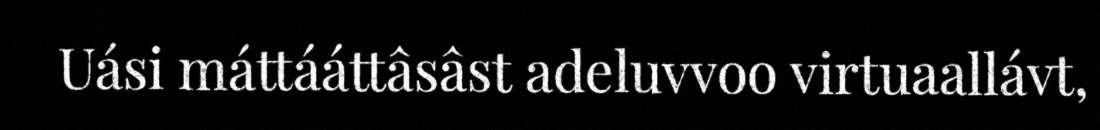
Uási máttááttâsâst adeluvvoo virtuaallávt,